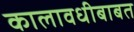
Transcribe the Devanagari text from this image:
कालावधीबाबत